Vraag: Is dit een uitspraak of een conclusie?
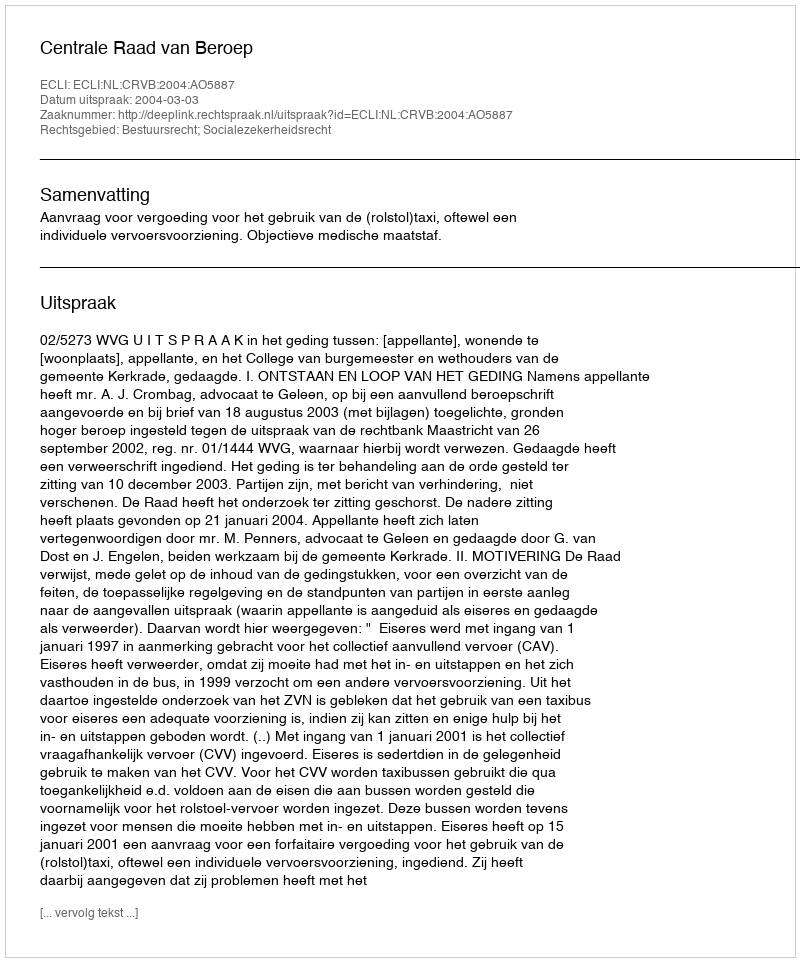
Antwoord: Uitspraak